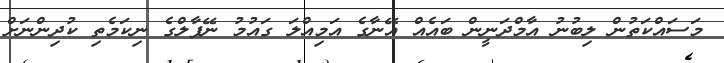
މަސައްކަތުން ލިބުނު އާމްދަނީން ބައެއް އޭނާގެ އަމިއްލަ ގައުމު ނޭޕާލްގެ ނިކަމެތި ކުދިންނަށް